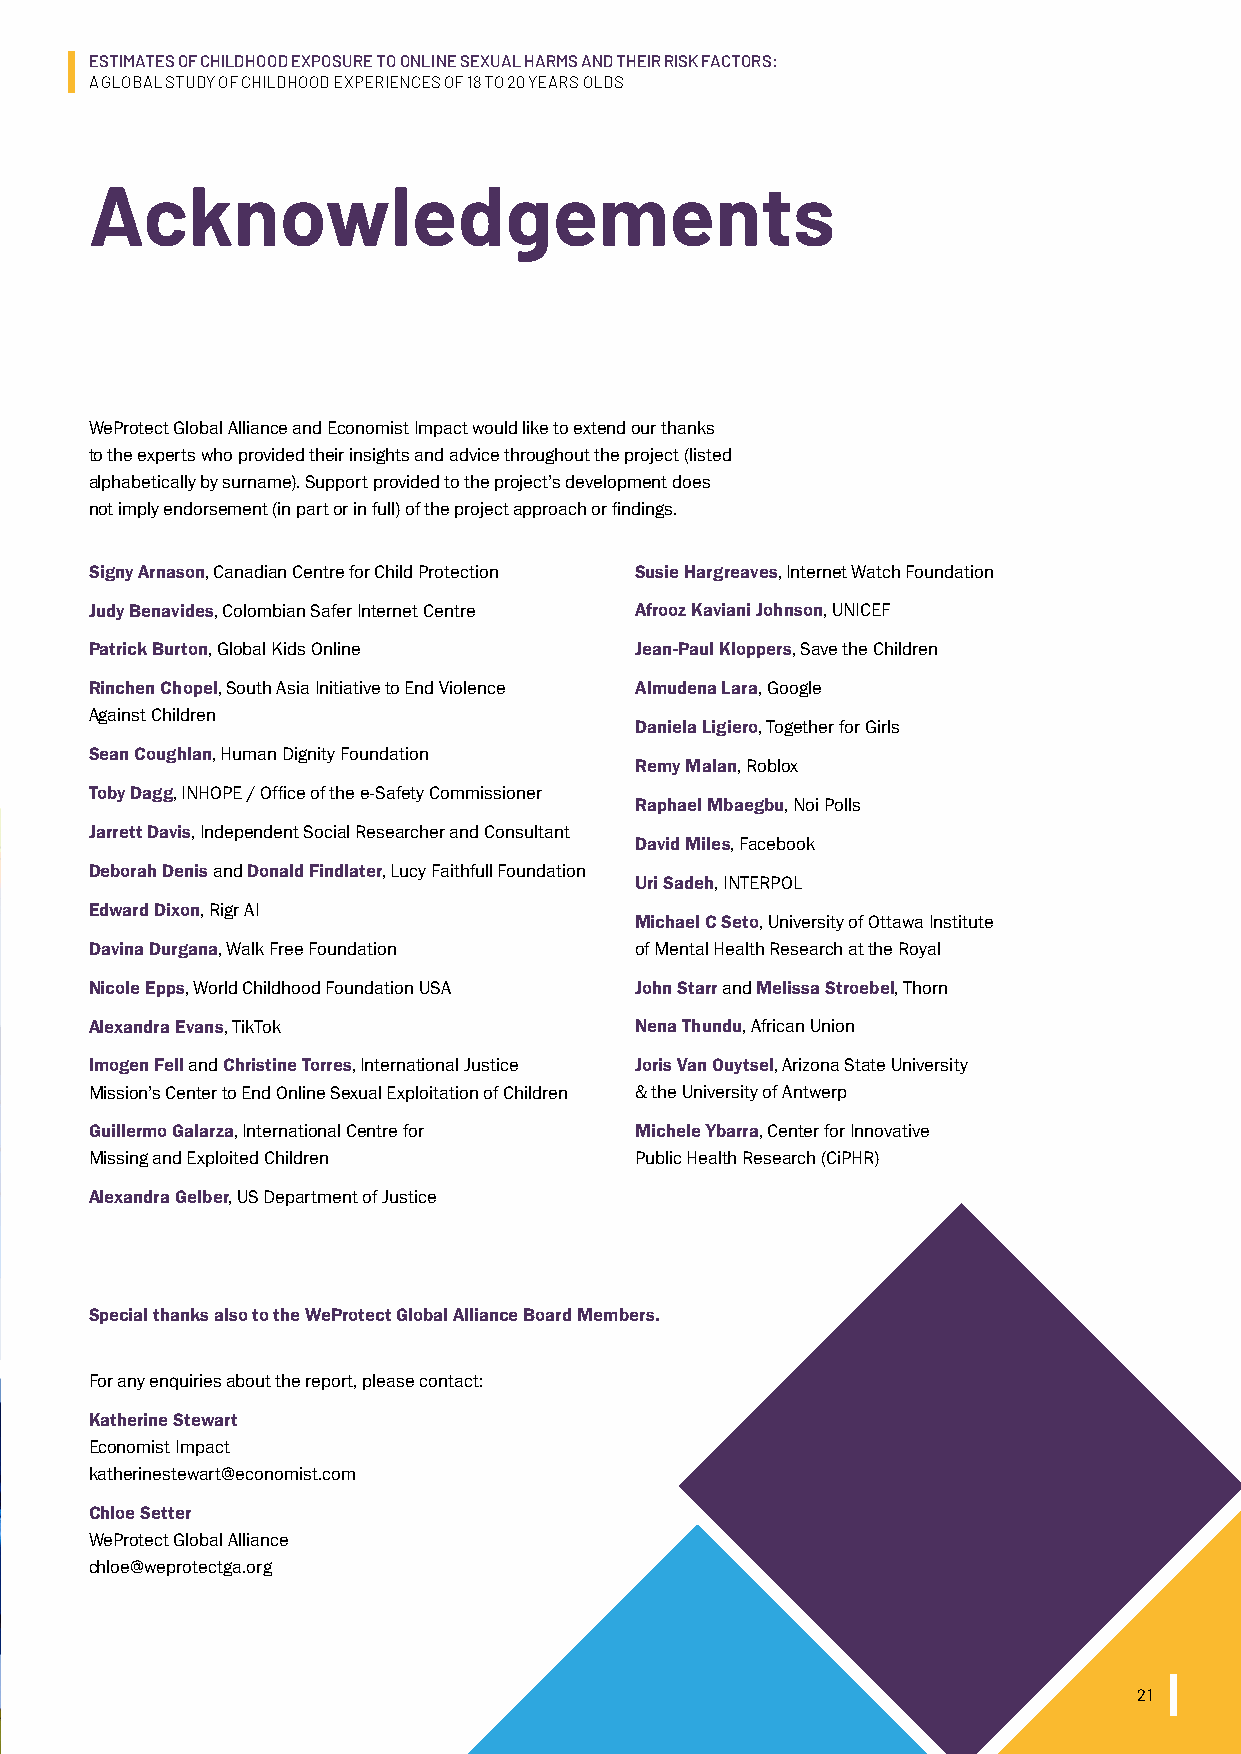
ESTIMATES OF CHILDHOOD EXPOSURE TO ONLINE SEXUAL HARMS AND THEIR RISK FACTORS:
 A GLOBAL STUDY OF CHILDHOOD EXPERIENCES OF 18 TO 20 YEARS OLDS
 Acknowledgements
 WeProtect Global Alliance and Economist Impact would like to extend our thanks
 to the experts who provided their insights and advice throughout the project (listed
 alphabetically by surname). Support provided to the project’s development does
 not imply endorsement (in part or in full) of the project approach or findings.
 Signy Arnason, Canadian Centre for Child Protection Susie Hargreaves, Internet Watch Foundation
 Judy Benavides, Colombian Safer Internet Centre Afrooz Kaviani Johnson, UNICEF
 Patrick Burton, Global Kids Online  Jean-Paul Kloppers, Save the Children
 Rinchen Chopel, South Asia Initiative to End Violence Almudena Lara, Google
 Against Children
 Daniela Ligiero, Together for Girls
 Sean Coughlan, Human Dignity Foundation
 Remy Malan, Roblox
 Toby Dagg, INHOPE / Office of the e-Safety Commissioner
 Raphael Mbaegbu, Noi Polls
 Jarrett Davis, Independent Social Researcher and Consultant
 David Miles, Facebook
 Deborah Denis and Donald Findlater, Lucy Faithfull Foundation
 Uri Sadeh, INTERPOL
 Edward Dixon, Rigr AI
 Michael C Seto, University of Ottawa Institute
 Davina Durgana, Walk Free Foundation of Mental Health Research at the Royal
 Nicole Epps, World Childhood Foundation USA John Starr and Melissa Stroebel, Thorn
 Alexandra Evans, TikTok             Nena Thundu, African Union
 Imogen Fell and Christine Torres, International Justice Joris Van Ouytsel, Arizona State University
 Mission’s Center to End Online Sexual Exploitation of Children & the University of Antwerp
 Guillermo Galarza, International Centre for Michele Ybarra, Center for Innovative
 Missing and Exploited Children      Public Health Research (CiPHR)
 Alexandra Gelber, US Department of Justice
 Special thanks also to the WeProtect Global Alliance Board Members.
 For any enquiries about the report, please contact:
 Katherine Stewart
 Economist Impact
 katherinestewart@economist.com
 Chloe Setter
 WeProtect Global Alliance
 chloe@weprotectga.org
 21